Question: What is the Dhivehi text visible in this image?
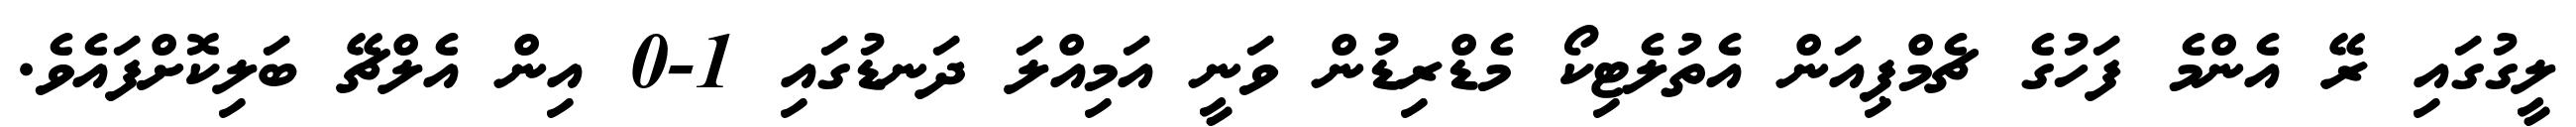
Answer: ލީގުގައި ރޭ އެންމެ ފަހުގެ ޗެމްޕިއަން އެތުލެޓިކޯ މެޑްރިޑުން ވަނީ އަމިއްލަ ދަނޑުގައި 1-0 އިން އެލްޗޭ ބަލިކޮށްފައެވެ.